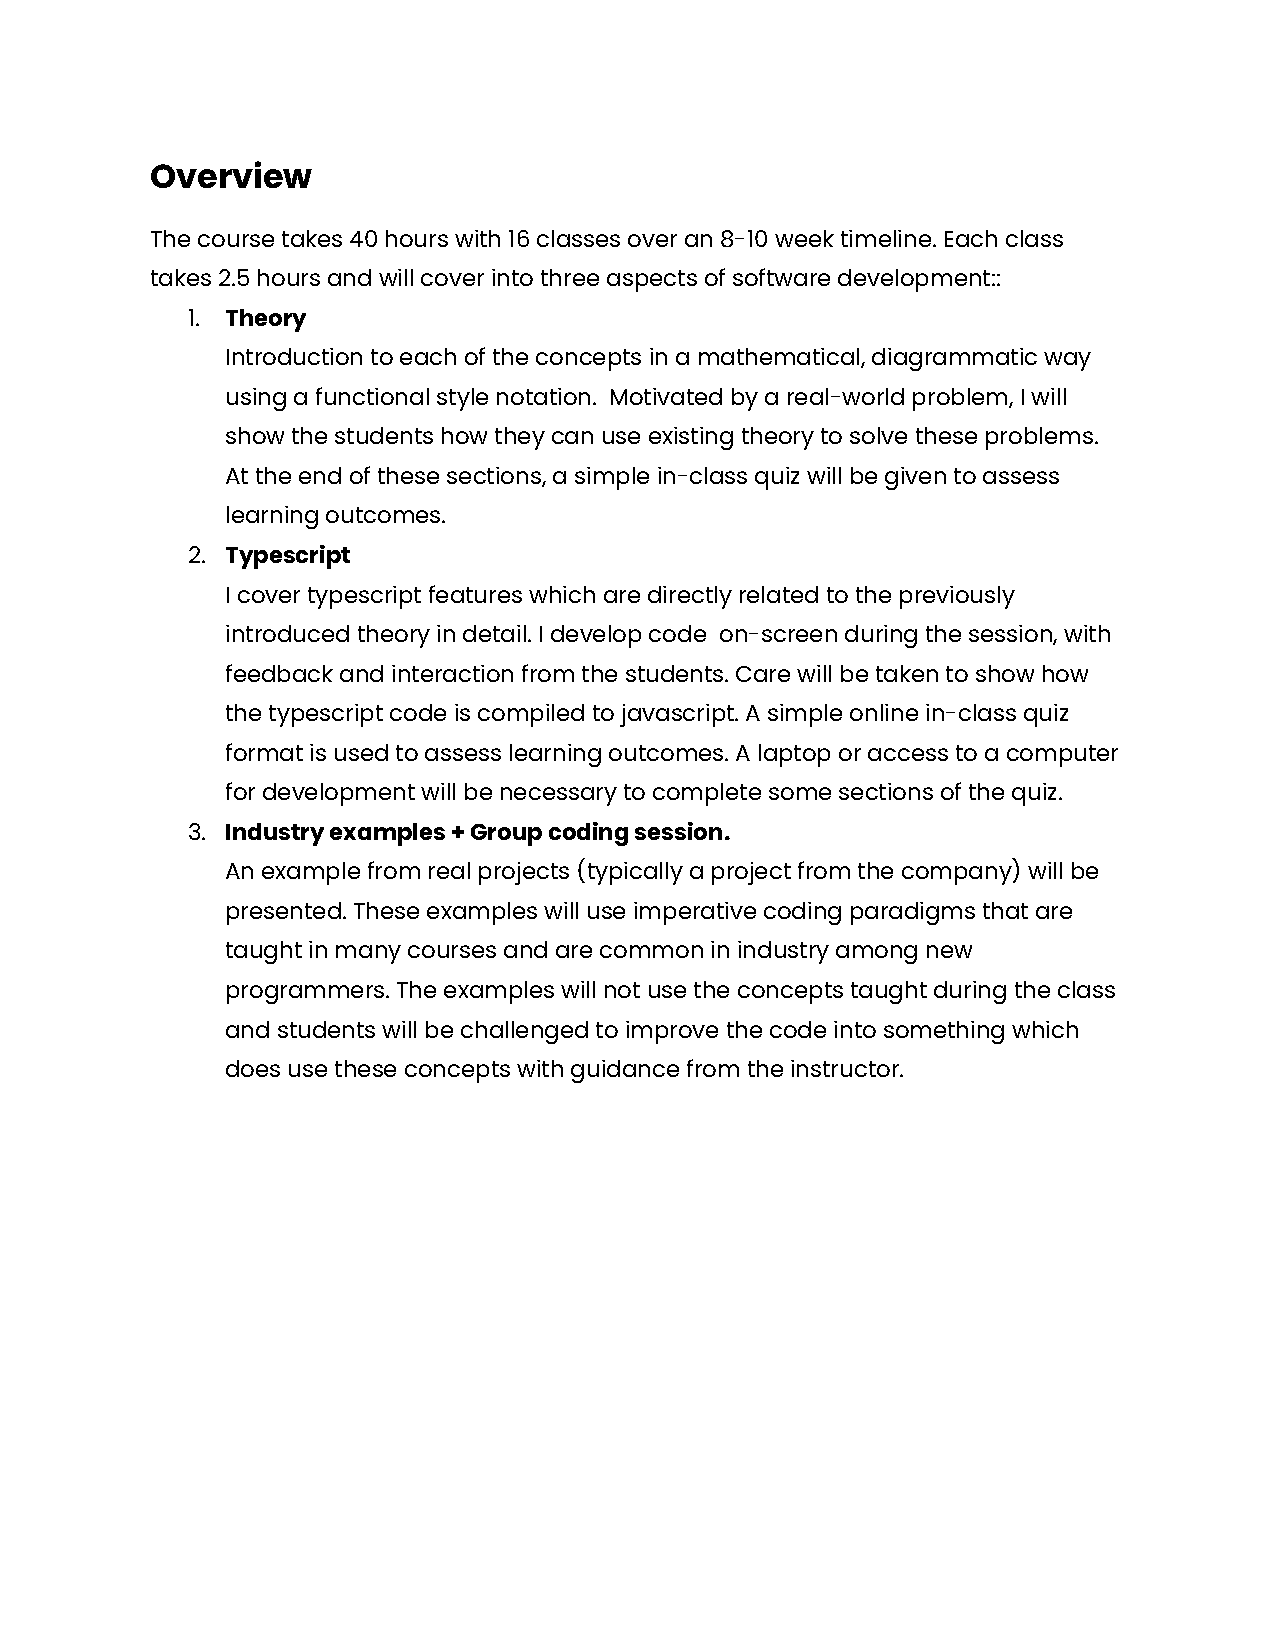
Overview
 The course takes 40 hours with 16 classes over an 8-10 week timeline. Each class
 takes 2.5 hours and will cover into three aspects of software development::
 1. Theory
 Introduction to each of the concepts in a mathematical, diagrammatic way
 using a functional style notation. Motivated by a real-world problem, I will
 show the students how they can use existing theory to solve these problems.
 At the end of these sections, a simple in-class quiz will be given to assess
 learning outcomes.
 2. Typescript
 I cover typescript features which are directly related to the previously
 introduced theory in detail. I develop code on-screen during the session, with
 feedback and interaction from the students. Care will be taken to show how
 the typescript code is compiled to javascript. A simple online in-class quiz
 format is used to assess learning outcomes. A laptop or access to a computer
 for development will be necessary to complete some sections of the quiz.
 3. Industry examples + Group coding session.
 An example from real projects (typically a project from the company) will be
 presented. These examples will use imperative coding paradigms that are
 taught in many courses and are common in industry among new
 programmers. The examples will not use the concepts taught during the class
 and students will be challenged to improve the code into something which
 does use these concepts with guidance from the instructor.